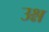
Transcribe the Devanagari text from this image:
उश्न